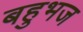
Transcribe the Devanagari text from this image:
बहुभज